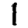
Digit: 1